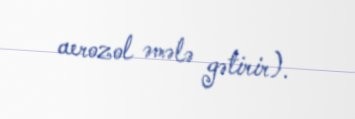
aerozol əmələ gətirir).